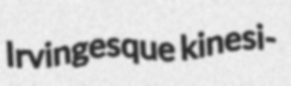
Irvingesque kinesi-